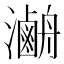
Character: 𤃯